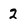
Character: 2